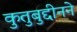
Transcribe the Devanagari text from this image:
कुतुबुद्दीनने